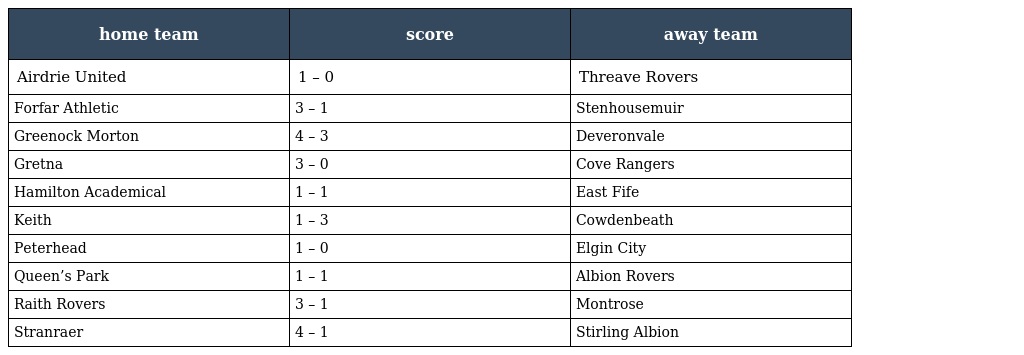
| home team | score | away team |
 | --- | --- | --- |
 | Airdrie United | 1 – 0 | Threave Rovers |
 | Forfar Athletic | 3 – 1 | Stenhousemuir |
 | Greenock Morton | 4 – 3 | Deveronvale |
 | Gretna | 3 – 0 | Cove Rangers |
 | Hamilton Academical | 1 – 1 | East Fife |
 | Keith | 1 – 3 | Cowdenbeath |
 | Peterhead | 1 – 0 | Elgin City |
 | Queen’s Park | 1 – 1 | Albion Rovers |
 | Raith Rovers | 3 – 1 | Montrose |
 | Stranraer | 4 – 1 | Stirling Albion |